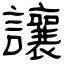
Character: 讓